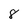
Character: 8